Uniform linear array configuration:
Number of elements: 64
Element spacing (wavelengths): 1
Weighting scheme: binomial
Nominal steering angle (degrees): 0
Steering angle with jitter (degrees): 1.906
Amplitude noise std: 0.05
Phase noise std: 0.05

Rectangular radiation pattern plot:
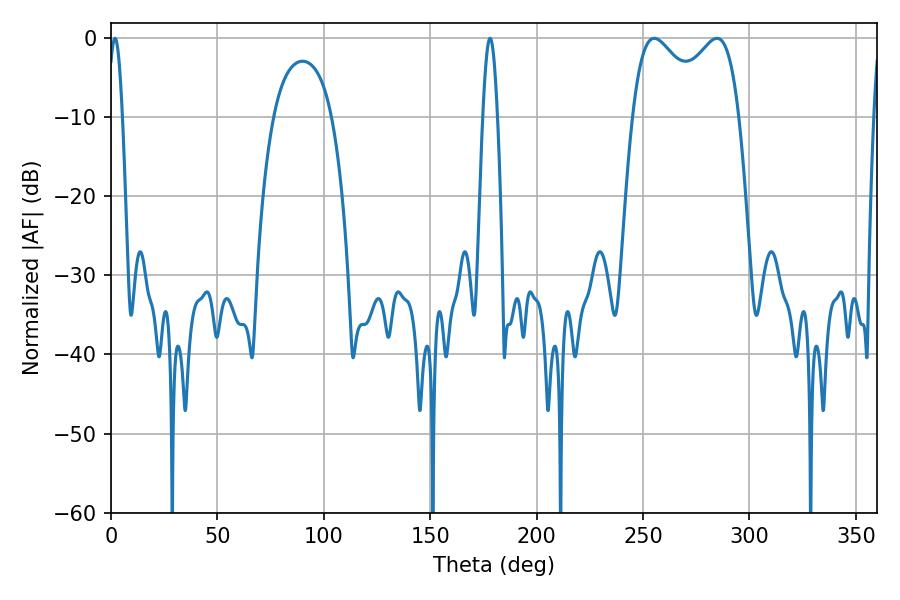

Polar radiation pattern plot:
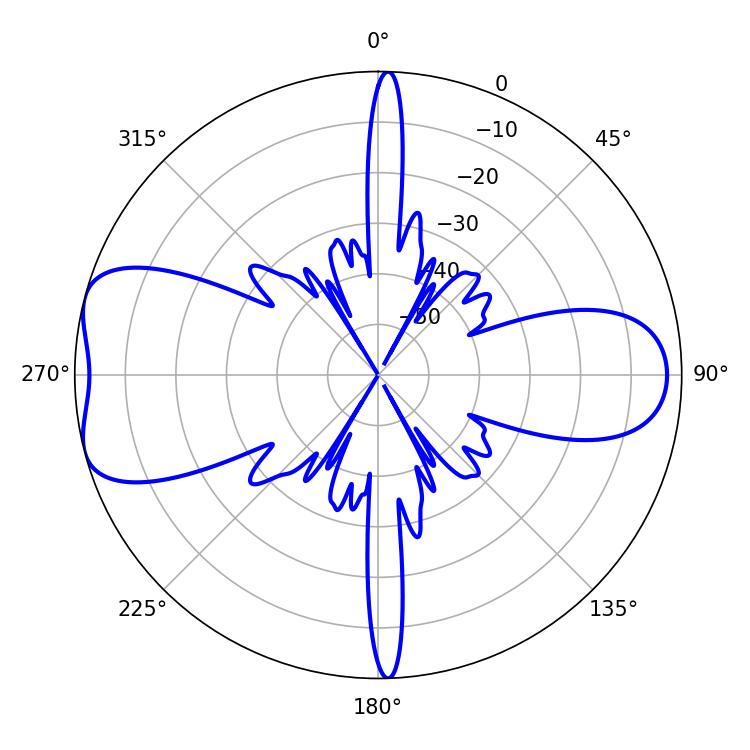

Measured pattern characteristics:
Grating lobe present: TRUE
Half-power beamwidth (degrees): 41.76
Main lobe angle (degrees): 255.24